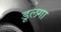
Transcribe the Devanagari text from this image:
डूलगा